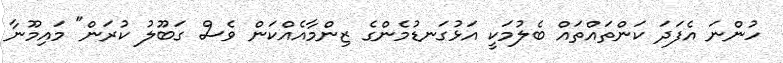
ހުންނަ އެފަދަ ކަންތައްތައް ބެލުމަކީ އަޅުގަނޑުމެންގެ ޒިންމާއެއްކަން ވެސް ގަބޫލު ކުރަން" މައިމޫނާ